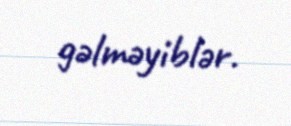
gəlməyiblər.